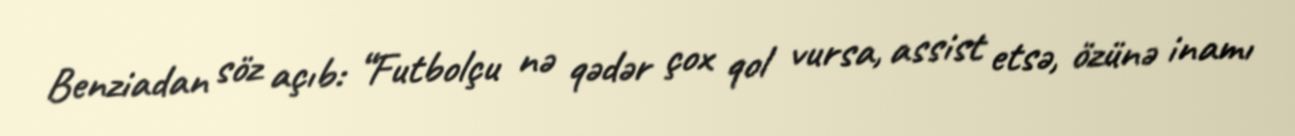
Benziadan söz açıb: “Futbolçu nə qədər çox qol vursa, assist etsə, özünə inamı